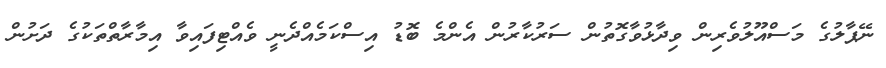
ނޭޕާލުގެ މަސްއޫލުވެރިން ވިދާޅުވާގޮތުން ސަރުކާރުން އެންމެ ބޮޑު އިސްކަމެއްދެނީ ވެއްޓިފައިވާ އިމާރާތްތަކުގެ ދަށުން